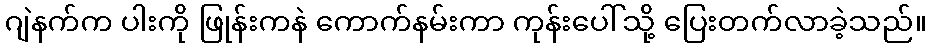
ဂျဲနက်က ပါးကို ဖြုန်းကနဲ ကောက်နမ်းကာ ကုန်းပေါ်သို့ ပြေးတက်လာခဲ့သည်။